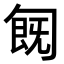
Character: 𠣹